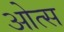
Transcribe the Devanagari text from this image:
ओत्स